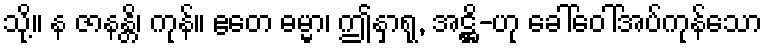
သို့။ န ဇာနန္တိ၊ ကုန်။ ဧတေ ဓမ္မာ၊ ဤနှာရု, အဋ္ဌိ-ဟု ခေါ်ဝေါ်အပ်ကုန်သော